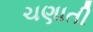
ચણાતી